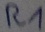
Text: R1